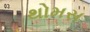
થોમસ